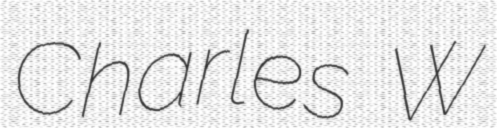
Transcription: Charles W